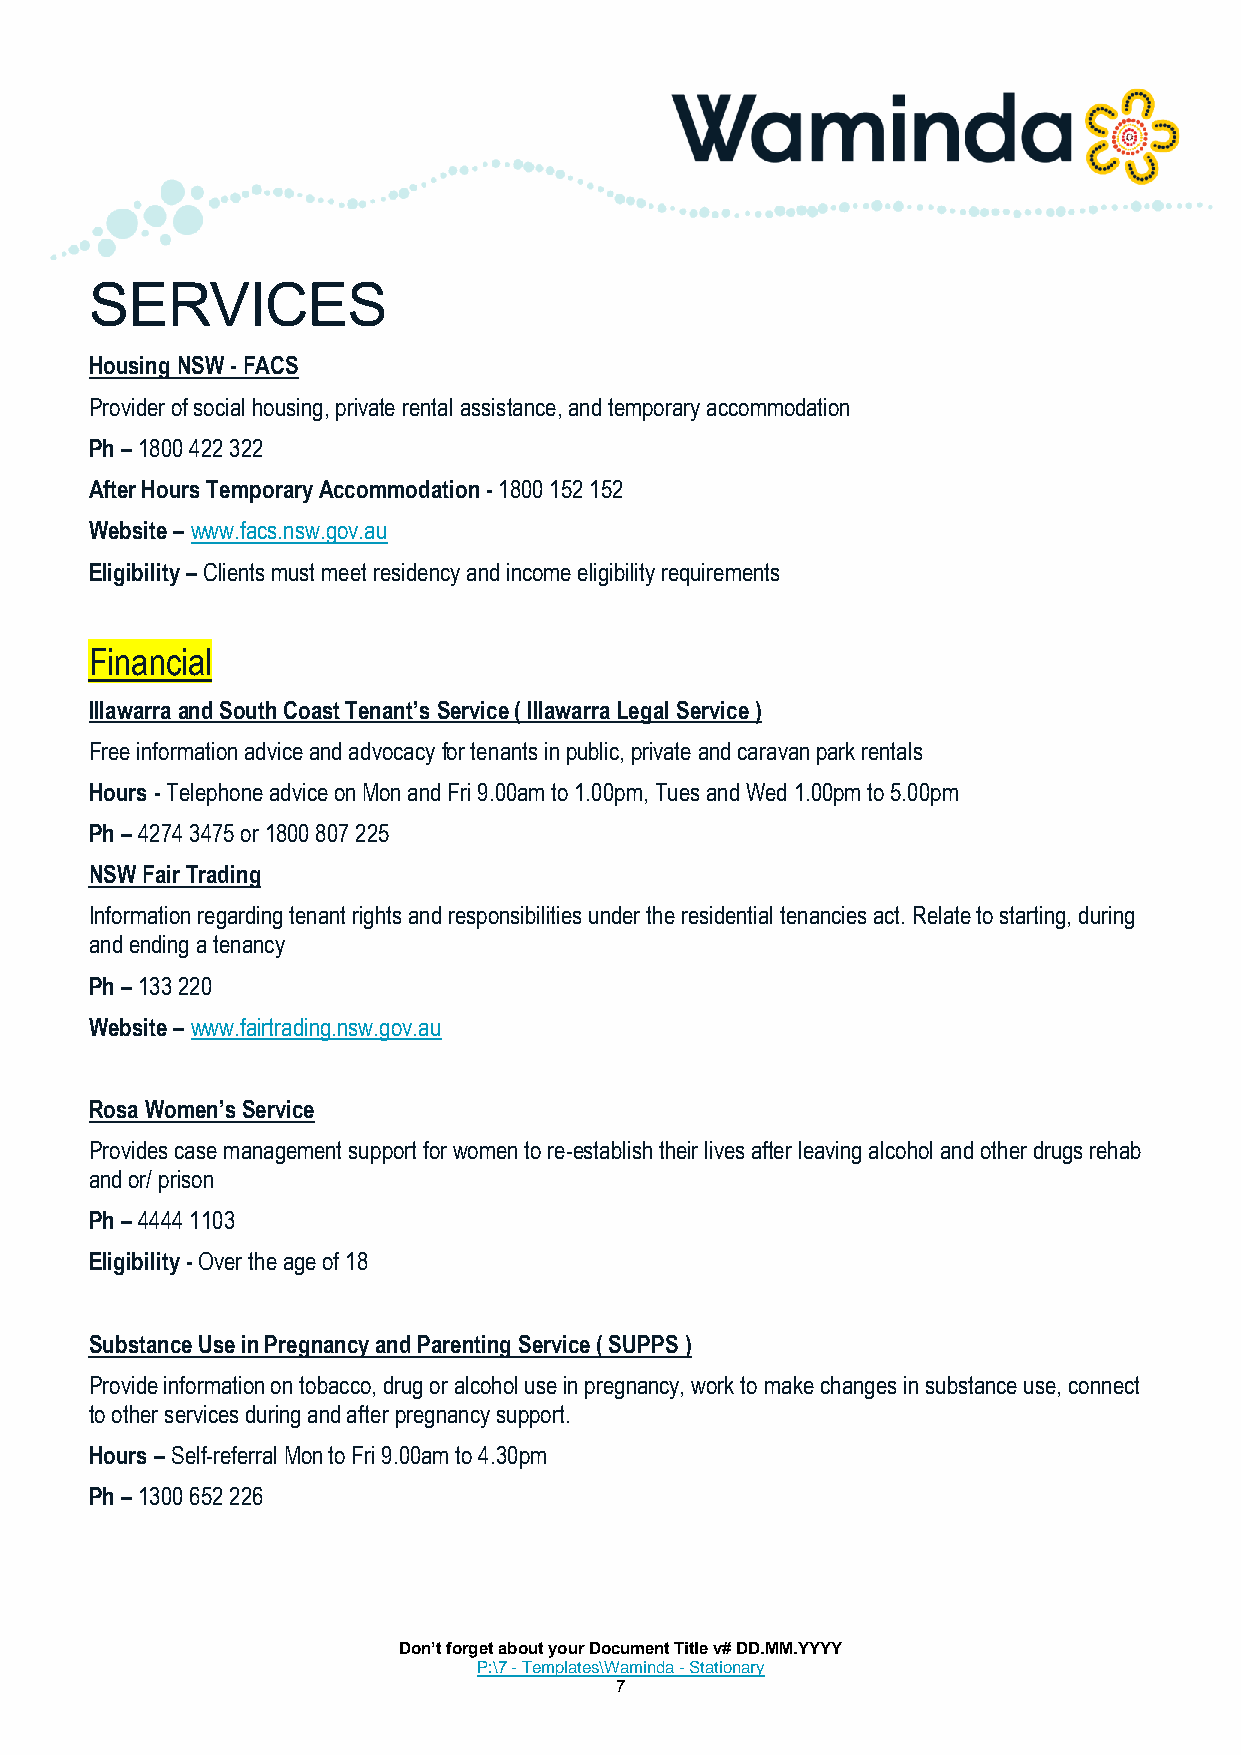
SERVICES
 Housing NSW - FACS
 Provider of social housing, private rental assistance, and temporary accommodation
 Ph – 1800 422 322
 After Hours Temporary Accommodation - 1800 152 152
 Website – www.facs.nsw.gov.au
 Eligibility – Clients must meet residency and income eligibility requirements
 Financial
 Illawarra and South Coast Tenant’s Service ( Illawarra Legal Service )
 Free information advice and advocacy for tenants in public, private and caravan park rentals
 Hours - Telephone advice on Mon and Fri 9.00am to 1.00pm, Tues and Wed 1.00pm to 5.00pm
 Ph – 4274 3475 or 1800 807 225
 NSW Fair Trading
 Information regarding tenant rights and responsibilities under the residential tenancies act. Relate to starting, during
 and ending a tenancy
 Ph – 133 220
 Website – www.fairtrading.nsw.gov.au
 Rosa Women’s Service
 Provides case management support for women to re-establish their lives after leaving alcohol and other drugs rehab
 and or/ prison
 Ph – 4444 1103
 Eligibility - Over the age of 18
 Substance Use in Pregnancy and Parenting Service ( SUPPS )
 Provide information on tobacco, drug or alcohol use in pregnancy, work to make changes in substance use, connect
 to other services during and after pregnancy support.
 Hours – Self-referral Mon to Fri 9.00am to 4.30pm
 Ph – 1300 652 226
 Don’t forget about your Document Title v# DD.MM.YYYY
 P:\7 - Templates\Waminda - Stationary
 7